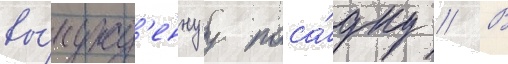
вы́нужд'еннуу поса́дку // В